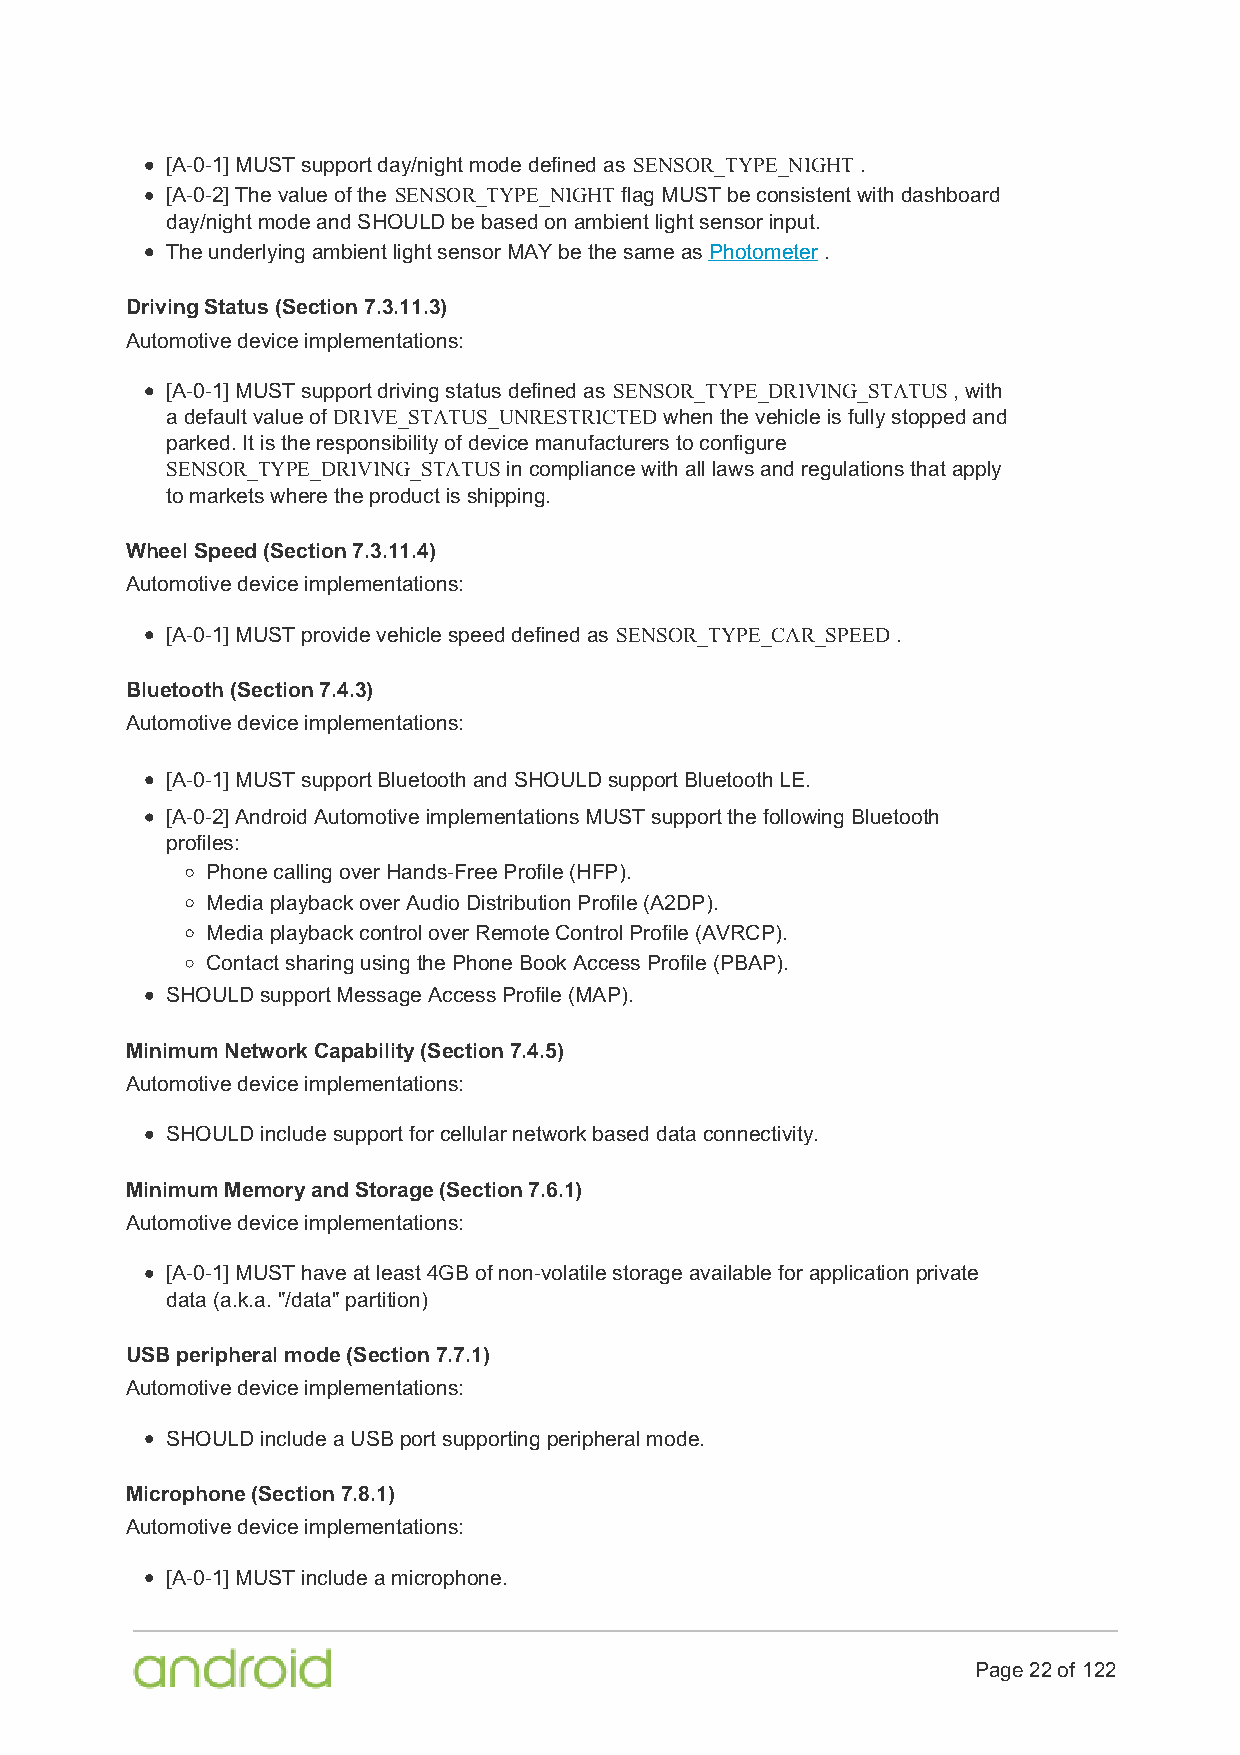
[A-0-1] MUST support day/night mode defined as SENSOR_TYPE_NIGHT .
 [A-0-2] The value of the SENSOR_TYPE_NIGHT flag MUST be consistent with dashboard
 day/night mode and SHOULD be based on ambient light sensor input.
 The underlying ambient light sensor MAY be the same as Photometer .
 Driving Status (Section 7.3.11.3)
 Automotive device implementations:
 [A-0-1] MUST support driving status defined as SENSOR_TYPE_DRIVING_STATUS , with
 a default value of DRIVE_STATUS_UNRESTRICTED when the vehicle is fully stopped and
 parked. It is the responsibility of device manufacturers to configure
 SENSOR_TYPE_DRIVING_STATUS in compliance with all laws and regulations that apply
 to markets where the product is shipping.
 Wheel Speed (Section 7.3.11.4)
 Automotive device implementations:
 [A-0-1] MUST provide vehicle speed defined as SENSOR_TYPE_CAR_SPEED .
 Bluetooth (Section 7.4.3)
 Automotive device implementations:
 [A-0-1] MUST support Bluetooth and SHOULD support Bluetooth LE.
 [A-0-2] Android Automotive implementations MUST support the following Bluetooth
 profiles:
 Phone calling over Hands-Free Profile (HFP).
 Media playback over Audio Distribution Profile (A2DP).
 Media playback control over Remote Control Profile (AVRCP).
 Contact sharing using the Phone Book Access Profile (PBAP).
 SHOULD support Message Access Profile (MAP).
 Minimum Network Capability (Section 7.4.5)
 Automotive device implementations:
 SHOULD include support for cellular network based data connectivity.
 Minimum Memory and Storage (Section 7.6.1)
 Automotive device implementations:
 [A-0-1] MUST have at least 4GB of non-volatile storage available for application private
 data (a.k.a. "/data" partition)
 USB peripheral mode (Section 7.7.1)
 Automotive device implementations:
 SHOULD include a USB port supporting peripheral mode.
 Microphone (Section 7.8.1)
 Automotive device implementations:
 [A-0-1] MUST include a microphone.
 Page 22 of 122